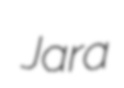
Jara